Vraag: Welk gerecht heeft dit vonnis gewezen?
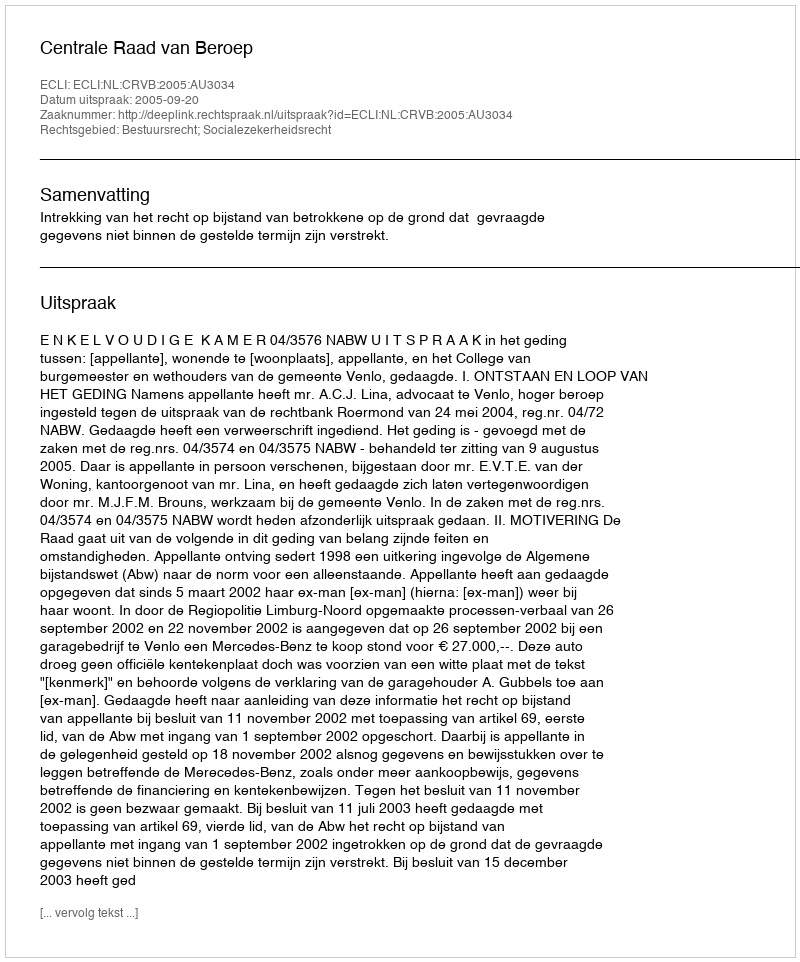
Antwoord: Centrale Raad van Beroep